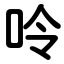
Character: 呤